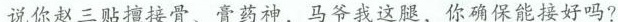
说你赵三贴擅接骨、骨药神，马爷我这腿，你确保能接好吗?